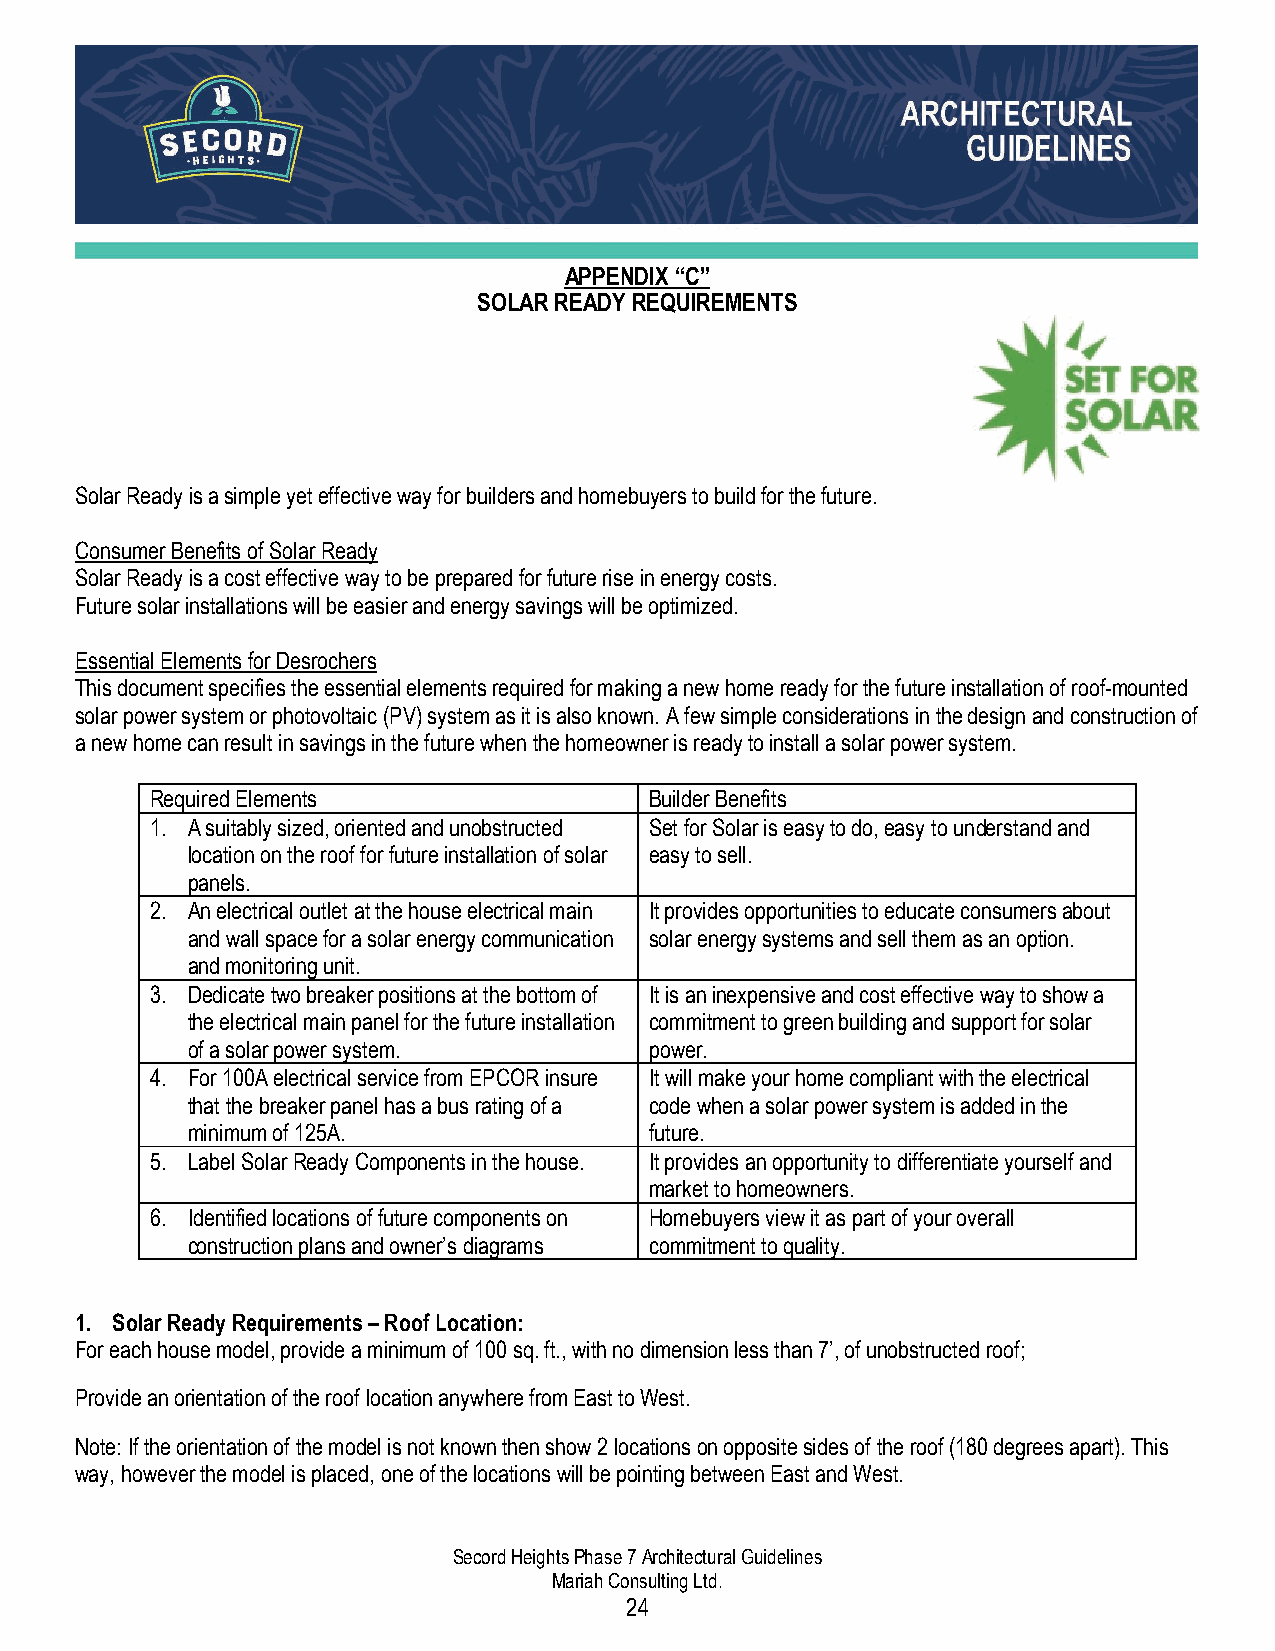
APPENDIX “C”
 SOLAR READY REQUIREMENTS
 Solar Ready is a simple yet effective way for builders and homebuyers to build for the future.
 Consumer Benefits of Solar Ready
 Solar Ready is a cost effective way to be prepared for future rise in energy costs.
 Future solar installations will be easier and energy savings will be optimized.
 Essential Elements for Desrochers
 This document specifies the essential elements required for making a new home ready for the future installation of roof-mounted
 solar power system or photovoltaic (PV) system as it is also known. A few simple considerations in the design and construction of
 a new home can result in savings in the future when the homeowner is ready to install a solar power system.
 Required Elements                Builder Benefits
 1. A suitably sized, oriented and unobstructed Set for Solar is easy to do, easy to understand and
 location on the roof for future installation of solar easy to sell.
 panels.
 2. An electrical outlet at the house electrical main It provides opportunities to educate consumers about
 and wall space for a solar energy communication solar energy systems and sell them as an option.
 and monitoring unit.
 3. Dedicate two breaker positions at the bottom of It is an inexpensive and cost effective way to show a
 the electrical main panel for the future installation commitment to green building and support for solar
 of a solar power system.       power.
 4. For 100A electrical service from EPCOR insure It will make your home compliant with the electrical
 that the breaker panel has a bus rating of a code when a solar power system is added in the
 minimum of 125A.               future.
 5. Label Solar Ready Components in the house. It provides an opportunity to differentiate yourself and
 market to homeowners.
 6. Identified locations of future components on Homebuyers view it as part of your overall
 construction plans and owner’s diagrams commitment to quality.
 1. Solar Ready Requirements – Roof Location:
 For each house model, provide a minimum of 100 sq. ft., with no dimension less than 7’, of unobstructed roof;
 Provide an orientation of the roof location anywhere from East to West.
 Note: If the orientation of the model is not known then show 2 locations on opposite sides of the roof (180 degrees apart). This
 way, however the model is placed, one of the locations will be pointing between East and West.
 Secord Heights Phase 7 Architectural Guidelines
 Mariah Consulting Ltd.
 24